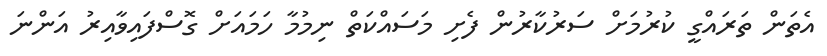
އެތަން ތަރައްގީ ކުރުމަށް ސަރުކާރުން ފެށި މަސައްކަތް ނިމުމާ ހަމައަށް ގޮސްފައިވާއިރު އަންނަ